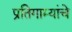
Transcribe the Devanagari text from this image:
प्रतिगाम्यांचे